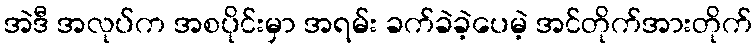
အဲဒီ အလုပ်က အစပိုင်းမှာ အရမ်း ခက်ခဲခဲ့ပေမဲ့ အင်တိုက်အားတိုက်